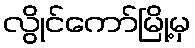
လွိုင်ကော်မြို့မှ